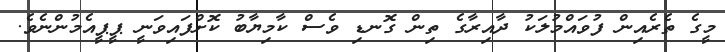
މީގެ ތެރެއިން ފުވައްމުލަކު ދާއިރާގެ ތިން ގޮނޑި ވެސް ކާމިޔާބު ކޮށްފައިވަނީ ޕީޕީއެމުންނެވެ.